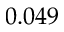
0 . 0 4 9